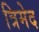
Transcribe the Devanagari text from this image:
त्रिमेद